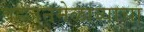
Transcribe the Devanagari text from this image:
बहुजनमेळाव्याचा